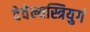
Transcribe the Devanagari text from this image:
देवेन्यस्त्रियुगं